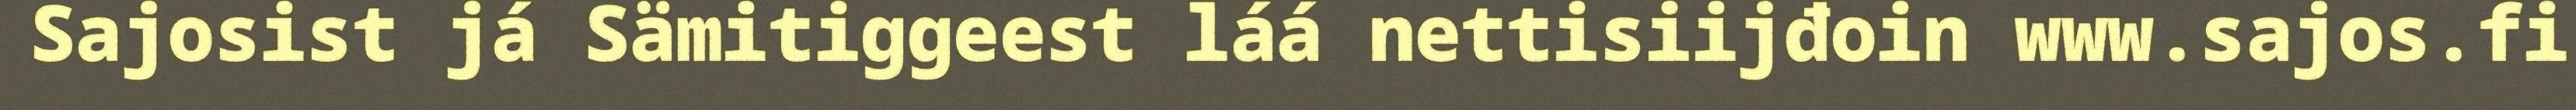
Sajosist já Sämitiggeest láá nettisiijđoin www.sajos.fi